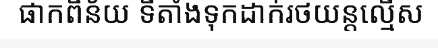
ផាកពិន័យ ទីតាំងទុកដាក់រថយន្តល្មើស